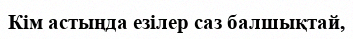
Кім астыңда езілер саз балшықтай,